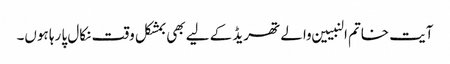
آیت خاتم النبیین والے تھریڈ کے لیے بھی بمشکل وقت نکال پا رہا ہوں۔